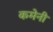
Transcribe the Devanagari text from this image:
कमेनी